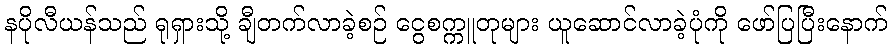
နပိုလီယန်သည် ရုရှားသို့ ချီတက်လာခဲ့စဉ် ငွေစက္ကူတုများ ယူဆောင်လာခဲ့ပုံကို ဖော်ပြပြီးနောက်